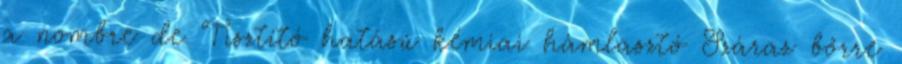
a nombre de Tisztító hatású kémiai hámlasztó Száraz bőrre